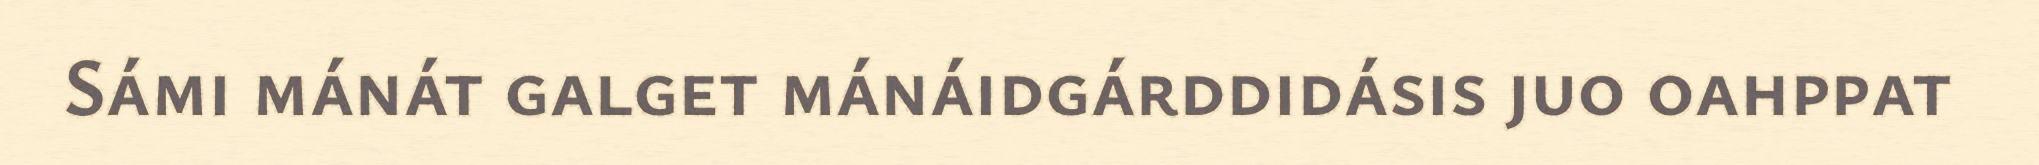
Sámi mánát galget mánáidgárddidásis juo oahppat